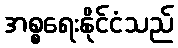
အစ္စရေးနိုင်ငံသည်